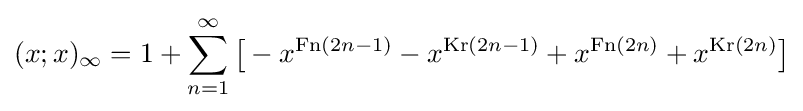
(x;x)_{\infty }=1+\sum _{n=1}^{\infty }{\bigl [}-x^{{\text{Fn}}(2n-1)}-x^{{\text{Kr}}(2n-1)}+x^{{\text{Fn}}(2n)}+x^{{\text{Kr}}(2n)}{\bigr ]}